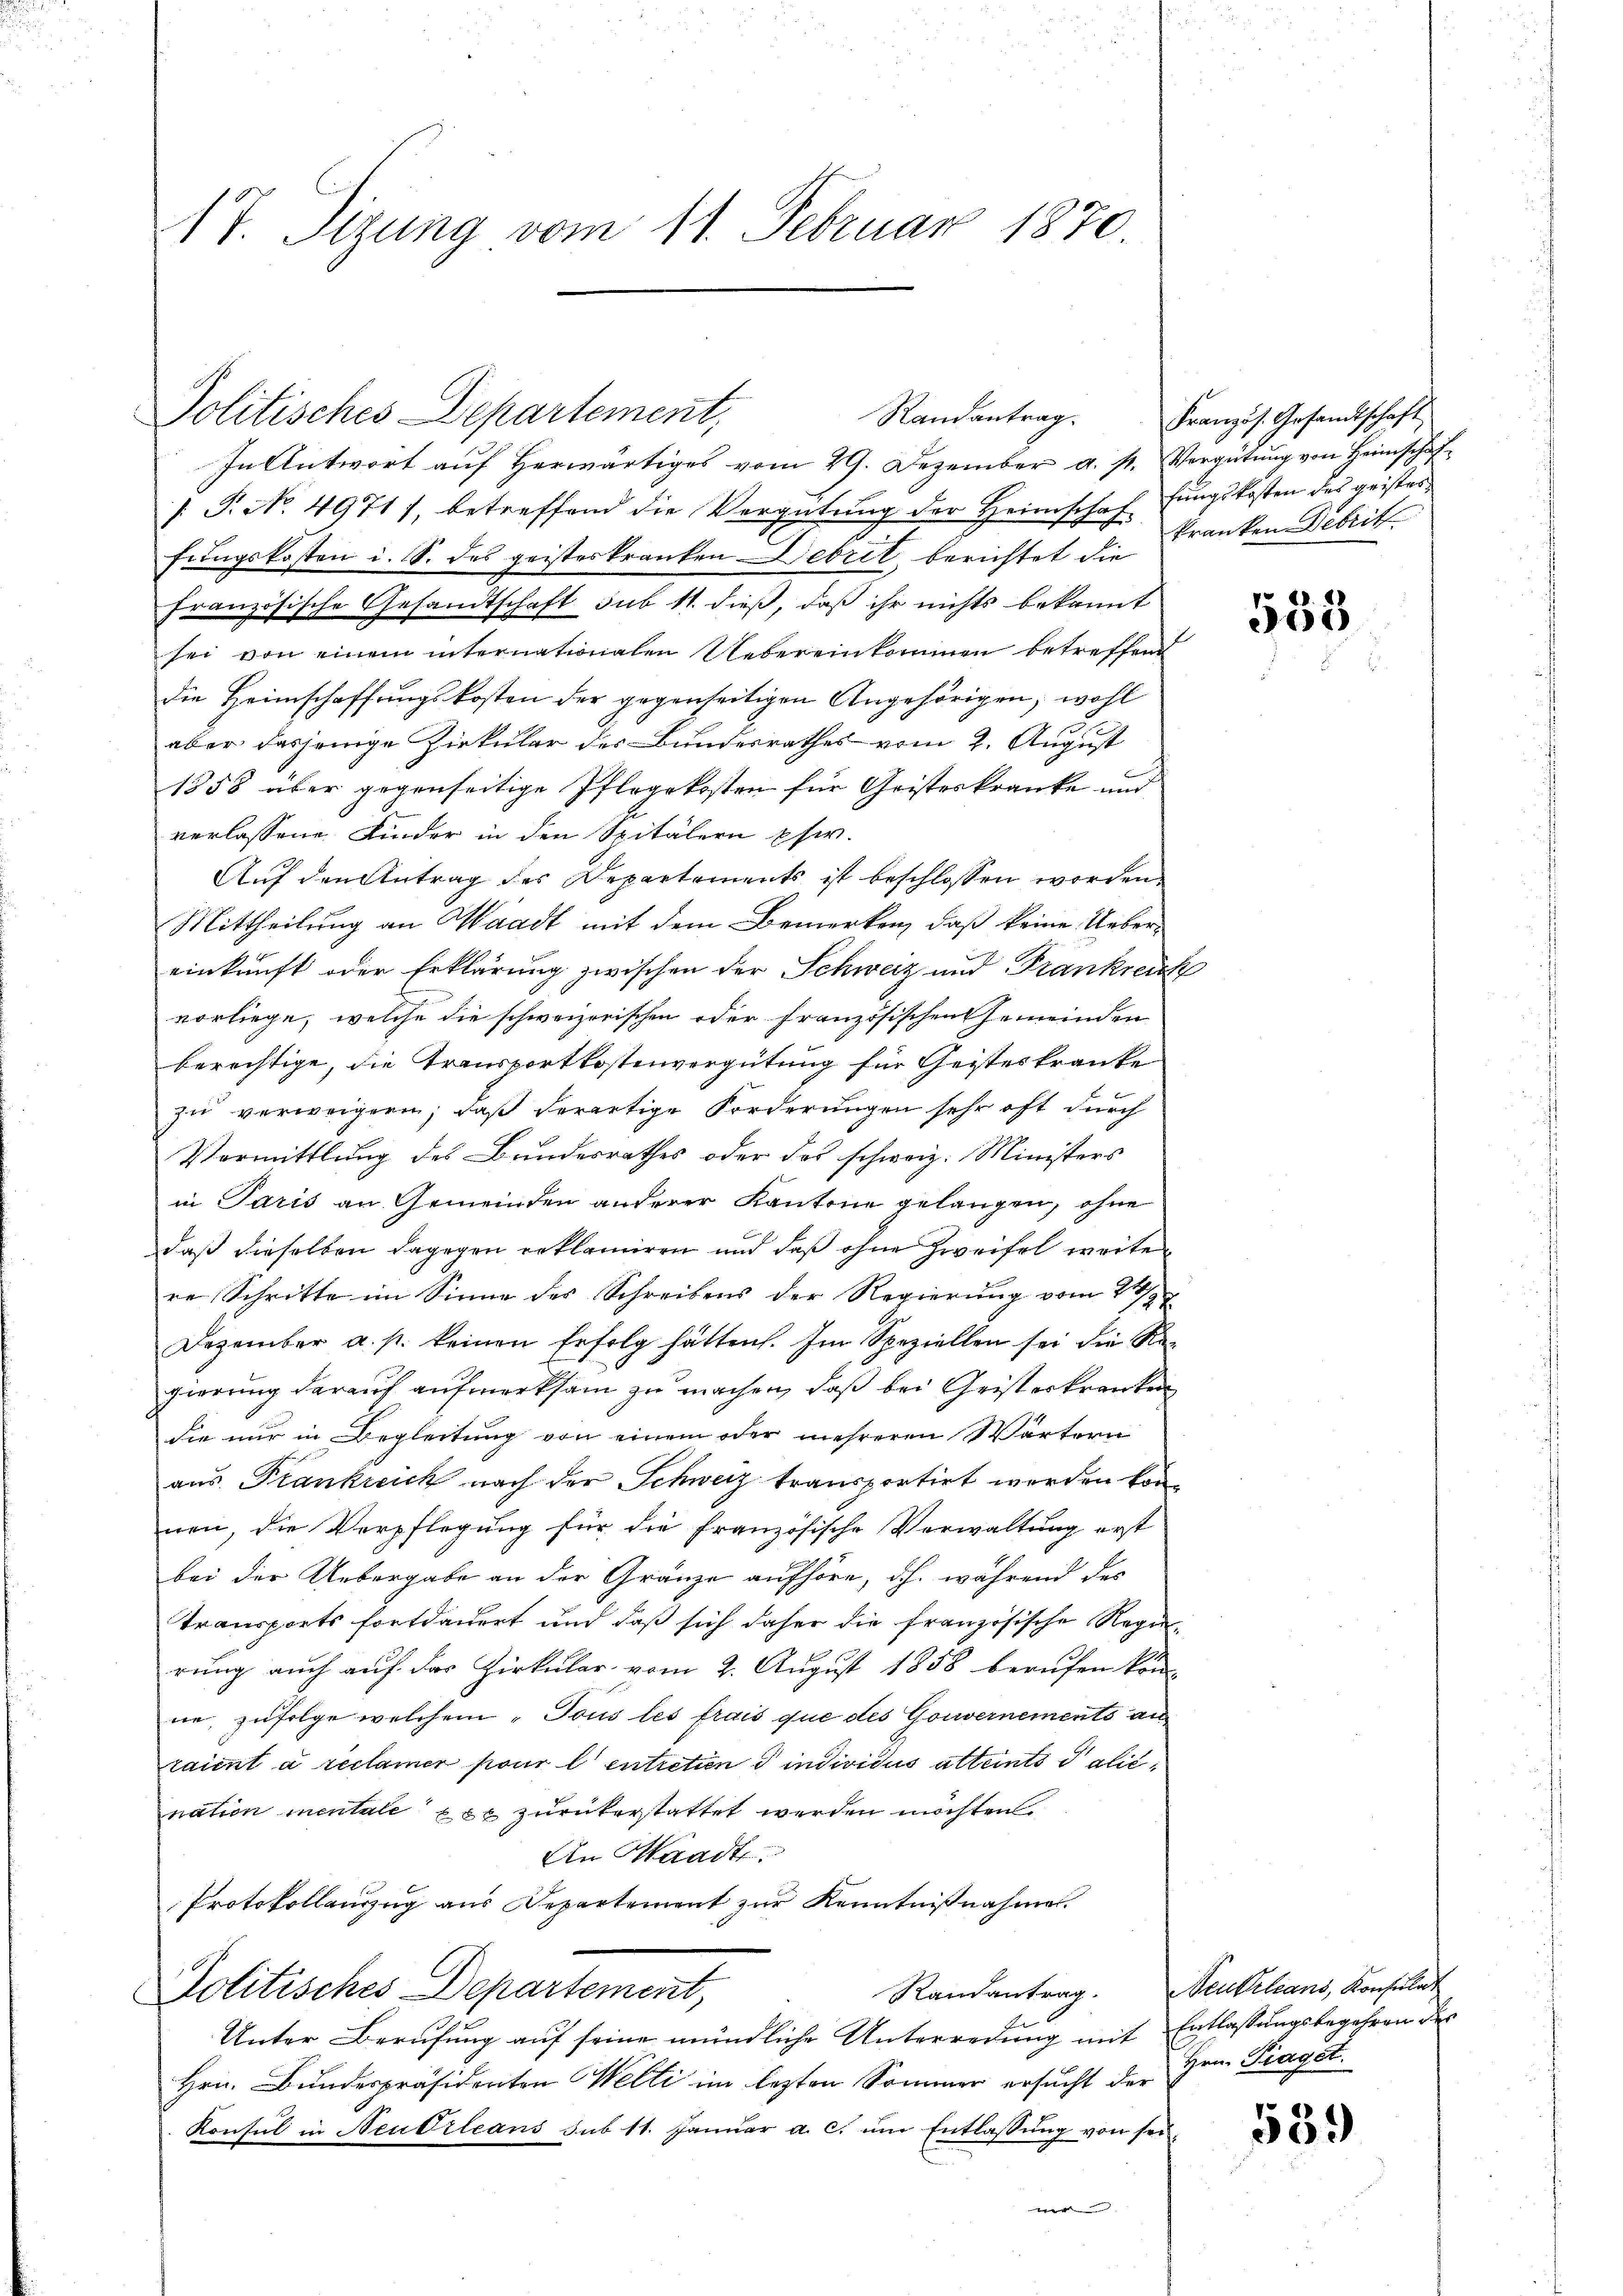
17. Sizung vom 11. Februar 1870.

Politisches Departement,
In Antwort aŭf herwärtiges vom 29. Dezember a. s. Vergütŭng von Heimschaf¬
/. P. No. 4971), betreffend die Vergütung der Heimschaffungskosten des geister
fungskosten i. S. des geisteskranken Debrit, berichtet die Franken Debrit
Französische Gesandtschaft sub 11. dieß, daß ihr nichts bekannt
sei von einem internationalen Uebereinkommen betreffend
die Heimschaffungskosten der gegenseitigen Angehörigen, wohl
aber dasjenige Zirkular des Bundesrathes vom 2. August
1858 über gegenseitige Pflegekosten für Geisteskranke und
verlassene Kinder in den Spitälern phw.
Auf den Antrag des Repartements ist beschlossen worden.
Mittheilung an Waadt mit dem Bemerken, daß keine Uebereinkunft oder Erklärung zwischen der Schweiz und Frankreich
vorliege, welche die schweizerischen oder französischen Gemeinden
berechtige, die Transportkostenvergütung für Geisteskranke
zu verweigenen, daß derartige Forderungen sehr oft durch
Vermittlung des Bundesrathes oder das schweiz. Ministers
in Paris an Gemeinden anderer Kantone gelangen, ohne
daß dieselben dagegen reklamiren und daß ohne Zweifel weite
re Schritte im Sinne des Schreibens der Regierung vom 21/2
Dezember a. p. keinen Erfolg hätten. Im Speziellen sei die Re-
gierung darauf aufmerksam zu machen, daß bei Geisterkranken
die nur in Begleitung von einem oder mehreren Wärtern
aus Frankreich nach der Schweiz transportirt werden konnen, die Verpflegung für die französische Verwaltung erst
bei der Uebergabe an der Gränze aufhöre, d.h. während des
Transports fortdauert und daß sich daher die französische Regen,
rung auch auf das Zirkular vom 2. August 1858 berufen kön
ne, zufolge welchem „Tous les frais que des Gouvernements anraient à reclamer pour l entretien individus alternte Salicnation mentale per zurükerstattet werden möchten
An Waadt.
Protokollauszug aus Departement zur Kenntnißnahme.
Randantrag. Neukrleans, Konsulat
Politisches Departement,
Unter Berufung auf seine mündliche Unterredung mit Entlassungsbegehren der
Hrn. Bundespräsidenten Welti im lezten Sommer ersucht der Hrn. Pragst
Konsul in Neubrleans sub 11. Januar a. c. um Entlassung von sei¬

Randantrag.

Französ. Gesandtschaft,

533

539